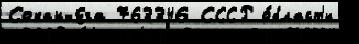
Сокан-Ега 763346 СССР о́бласт'и